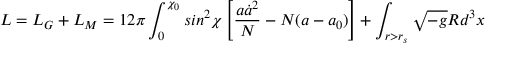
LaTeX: L = L _ { G } + L _ { M } = 1 2 \pi \int _ { 0 } ^ { \chi _ { 0 } } s i n ^ { 2 } \chi \left[ \frac { a \dot { a } ^ { 2 } } { N } - N ( a - a _ { 0 } ) \right] + \int _ { r > r _ { s } } \sqrt { - g } R d ^ { 3 } x